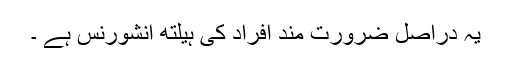
یہ دراصل ضرورت مند افراد کی ہیلتھ انشورنس ہے ۔